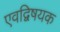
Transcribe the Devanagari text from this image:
एवद्विषयक